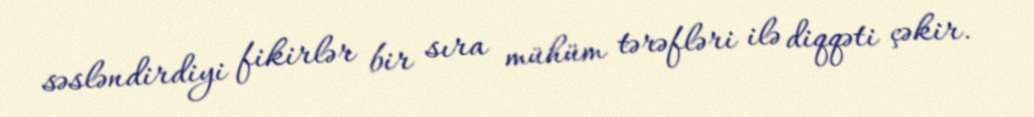
səsləndirdiyi fikirlər bir sıra mühüm tərəfləri ilə diqqəti çəkir.